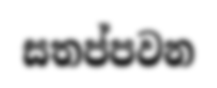
සතප්පවන